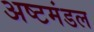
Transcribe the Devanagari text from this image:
अष्टमंडल